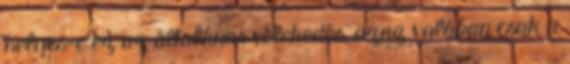
helyes-e ez az általános vélekedés, azaz valóban csak a